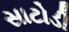
સાટોડી